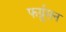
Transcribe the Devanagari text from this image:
फर्ग्रुसन